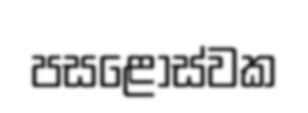
පසළොස්වක